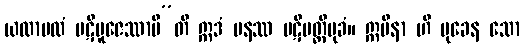
ယထာဗလံ ပဋိပူဇေဿာမီ”တိ ဣဒံ ပနဿ ပဋိပတ္တိမုခံ။ ဣမိနာ ဟိ မုခေန သော